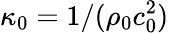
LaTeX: \kappa_{0}=1/(\rho_{0}c_{0}^{2})